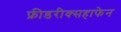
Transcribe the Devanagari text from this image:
फ्रीडरीक्सहाफेन